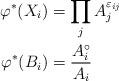
LaTeX: \begin{align*}\varphi^*(X_i) &= \prod_j A_j^{\varepsilon_{ij}} \\\varphi^*(B_i) &= \frac{A_i^\circ}{A_i}\end{align*}